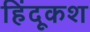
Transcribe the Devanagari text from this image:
हिंदूकश